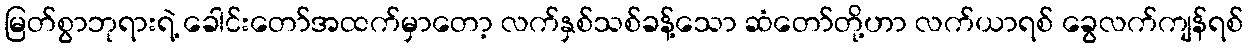
မြတ်စွာဘုရားရဲ့ ခေါင်းတော်အထက်မှာတော့ လက်နှစ်သစ်ခန့်သော ဆံတော်တို့ဟာ လက်ယာရစ် ခွေလက်ကျန်ရစ်